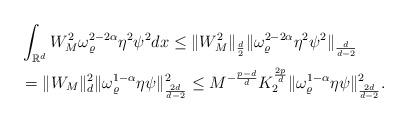
LaTeX: \begin{align*}&\int_{\mathbb{R}^d}W_M^2\omega_{\varrho}^{2-2\alpha}\eta^2\psi^2dx\leq\|W_M^2\|_{\frac{d}{2}}\|\omega_{\varrho}^{2-2\alpha}\eta^2\psi^2\|_{\frac{d}{d-2}}\\&=\|W_M\|_d^2\|\omega_{\varrho}^{1-\alpha}\eta\psi\|_{\frac{2d}{d-2}}^2\leq M^{-\frac{p-d}{d}}K_2^{\frac{2p}{d}}\|\omega_{\varrho}^{1-\alpha}\eta\psi\|_{\frac{2d}{d-2}}^2.\end{align*}